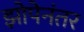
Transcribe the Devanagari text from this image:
झोपेनंतर